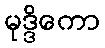
မုဒ္ဒိကော